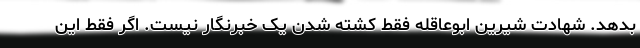
بدهد. شهادت شیرین ابوعاقله فقط کشته شدن یک خبرنگار نیست. اگر فقط این